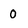
Character: 0